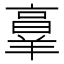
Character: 𦎫